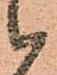
候